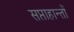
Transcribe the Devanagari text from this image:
सप्ताहान्तों